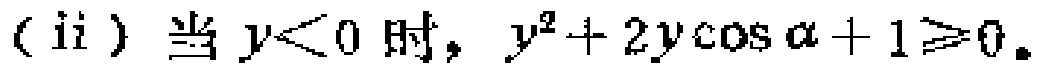
(ii) 当 \(y<0\) 时，\(y^{2}+2y\cos\alpha + 1\geqslant0\)。